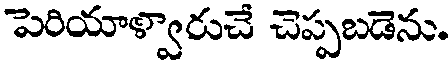
పెరియాళ్వారుచే చెప్పబడెను.